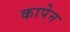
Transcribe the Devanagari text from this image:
कापेन